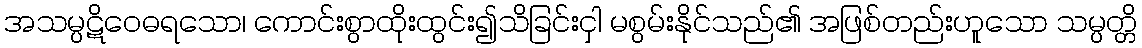
အသမ္ပဋိဝေဓရသော၊ ကောင်းစွာထိုးထွင်း၍သိခြင်းငှါ မစွမ်းနိုင်သည်၏ အဖြစ်တည်းဟူသော သမ္ပတ္တိ